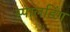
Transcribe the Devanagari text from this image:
स्पालडिंग